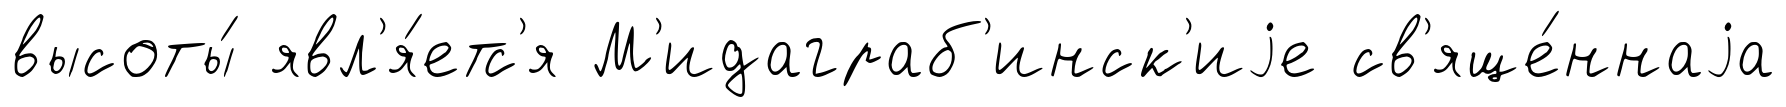
высоты́ явл'я́етс'я М'идаграб'инск'иjе св'яще́ннаjа